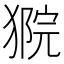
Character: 𤠴